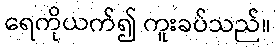
ရေကိုယက်၍ ကူးခပ်သည်။